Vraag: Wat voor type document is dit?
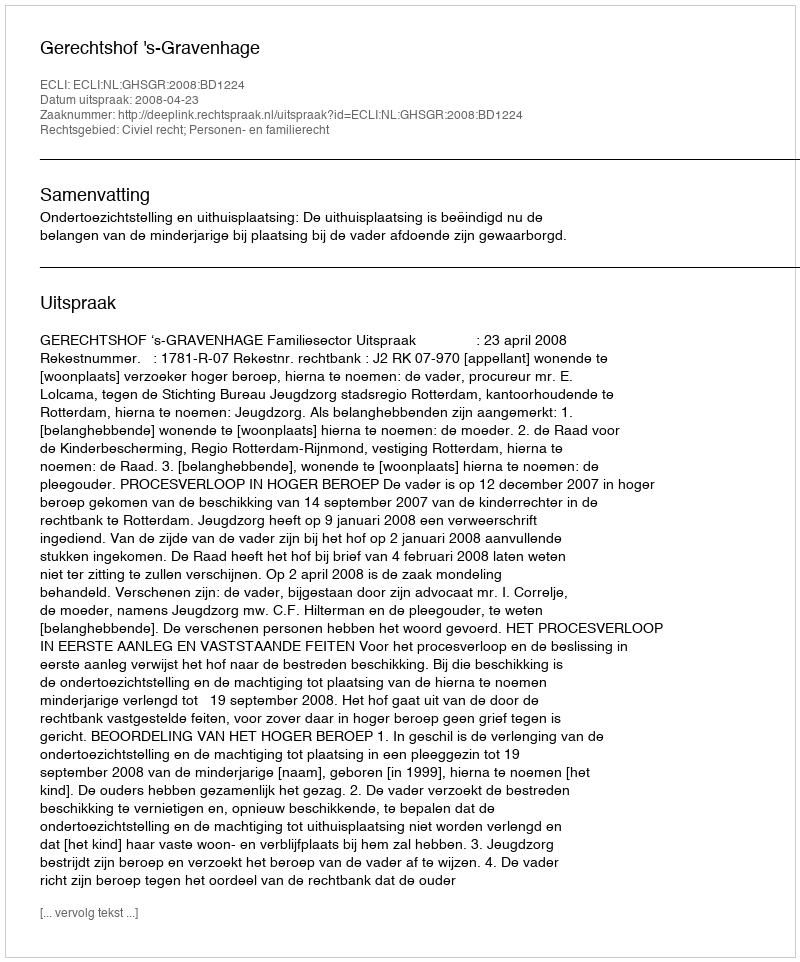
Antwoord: Uitspraak